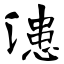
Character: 漶